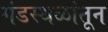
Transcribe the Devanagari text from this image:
गंडस्थळांतून